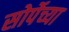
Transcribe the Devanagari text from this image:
सोर्पेच्या